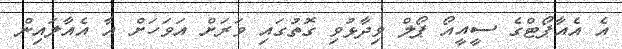
އެ އެއާޕޯޓްގެ ސީއީއޯ ޕޯލް ވިދާޅުވި ގޮތުގައި ވަރަށް އަވަހަށް އާ އެއާލައިން